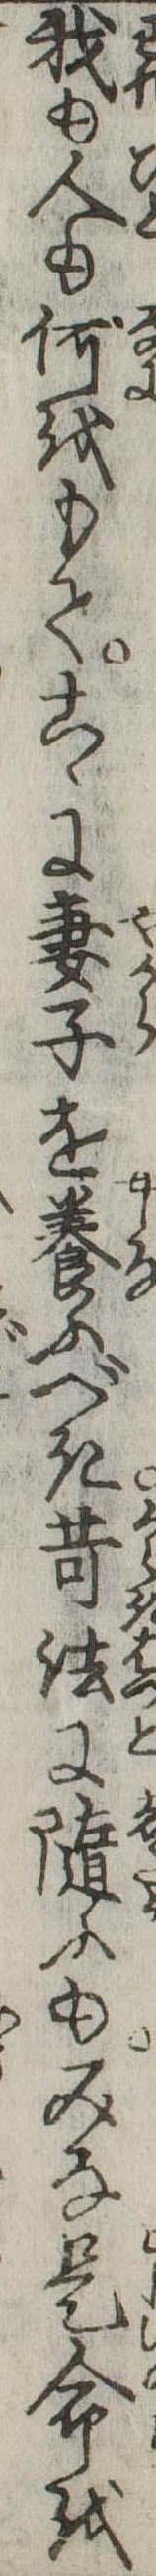
我も人も何をもてこゝに妻子を養ふべき苛法に随ふもみな是命を